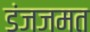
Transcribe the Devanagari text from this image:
डंजजमत